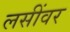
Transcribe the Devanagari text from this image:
लसींवर